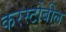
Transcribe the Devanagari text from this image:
करस्टोबील